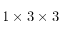
1 \times 3 \times 3